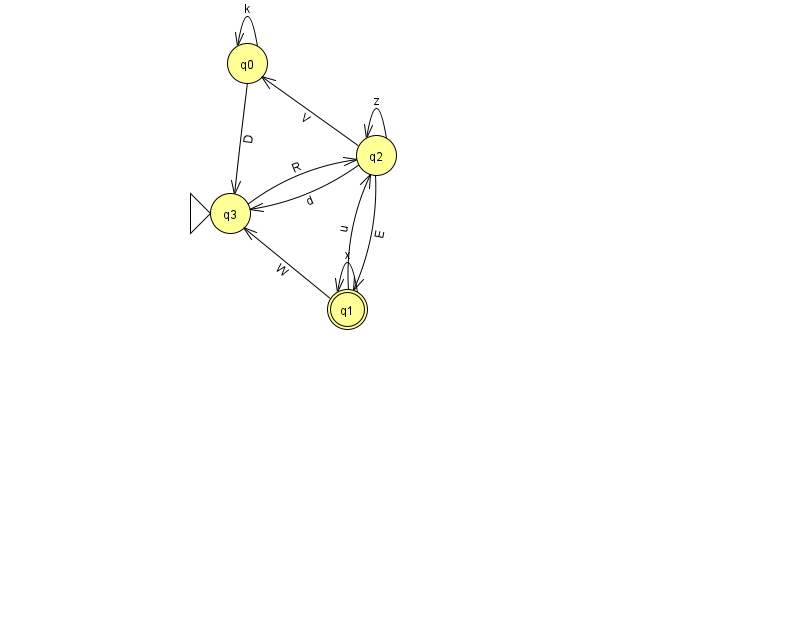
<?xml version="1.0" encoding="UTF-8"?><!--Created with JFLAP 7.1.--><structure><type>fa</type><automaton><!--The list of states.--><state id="0" name="q0"><x>247.0</x><y>50.0</y></state><state id="1" name="q1"><x>347.0</x><y>296.0</y><final/></state><state id="2" name="q2"><x>376.0</x><y>142.0</y></state><state id="3" name="q3"><x>230.0</x><y>200.0</y><initial/></state><!--The list of transitions.--><transition><from>3</from><to>2</to><read>R</read></transition><transition><from>2</from><to>3</to><read>d</read></transition><transition><from>1</from><to>1</to><read>x</read></transition><transition><from>1</from><to>2</to><read>u</read></transition><transition><from>2</from><to>1</to><read>E</read></transition><transition><from>1</from><to>3</to><read>W</read></transition><transition><from>2</from><to>2</to><read>z</read></transition><transition><from>0</from><to>0</to><read>k</read></transition><transition><from>0</from><to>3</to><read>D</read></transition><transition><from>2</from><to>0</to><read>V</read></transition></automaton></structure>